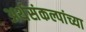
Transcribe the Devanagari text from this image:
अर्थसंकल्पांच्या